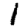
Digit: 1